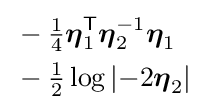
{\begin{aligned}&-{\tfrac {1}{4}}{\boldsymbol {\eta }}_{1}^{\mathsf {T}}{\boldsymbol {\eta }}_{2}^{-1}{\boldsymbol {\eta }}_{1}\\&-{\tfrac {1}{2}}\log \left|-2{\boldsymbol {\eta }}_{2}\right|\end{aligned}}